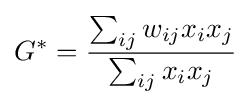
G^{*}={\frac {\sum _{ij}w_{ij}x_{i}x_{j}}{\sum _{ij}x_{i}x_{j}}}